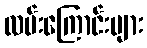
လမ်းကြောင်းများ